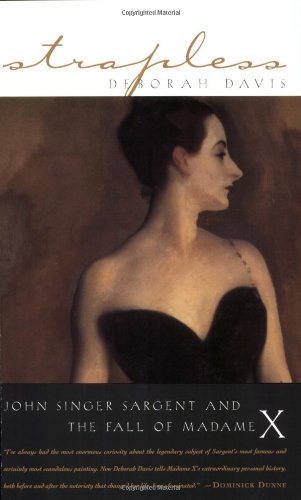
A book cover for Strapless; Deborah Davis; Arts & Photography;